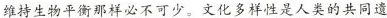
维持生物平衡那样必不可少，文化多样性是人类的共同遗